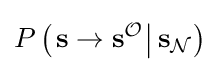
P\left(\left.\mathbf {s} \rightarrow \mathbf {s} ^{\mathcal {O}}\right|\mathbf {s} _{\mathcal {N}}\right)